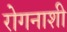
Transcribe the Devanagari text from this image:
रोगनाशी